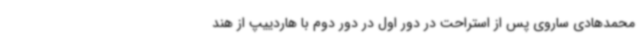
محمدهادی ساروی پس از استراحت در دور اول در دور دوم با هاردییپ از هند